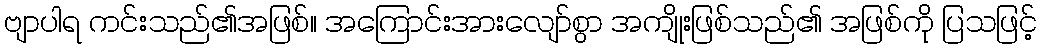
ဗျာပါရ ကင်းသည်၏အဖြစ်။ အကြောင်းအားလျော်စွာ အကျိုးဖြစ်သည်၏ အဖြစ်ကို ပြသဖြင့်